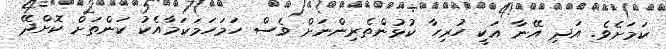
ކަމަށެވެ. އަދި އޭނާ އަކީ ހުރިހާ ކުޅުންތެރިންނަށް ވެސް ހަމަހަމަކަމާއެކު ކަންތަށް ކޮށްދޭ